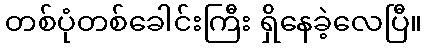
တစ်ပုံတစ်ခေါင်းကြီး ရှိနေခဲ့လေပြီ။